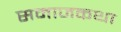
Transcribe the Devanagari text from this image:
समाजकथा